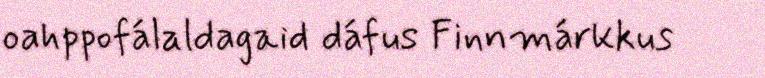
oahppofálaldagaid dáfus Finnmárkkus